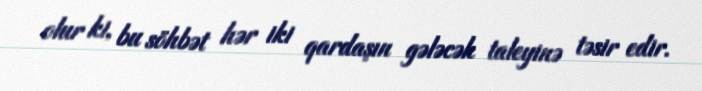
olur ki, bu söhbət hər iki qardaşın gələcək taleyinə təsir edir.